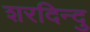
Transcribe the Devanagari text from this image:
शरदिन्दु